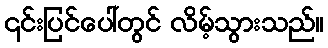
၎င်းပြင်ပေါ်တွင် လိမ့်သွားသည်။